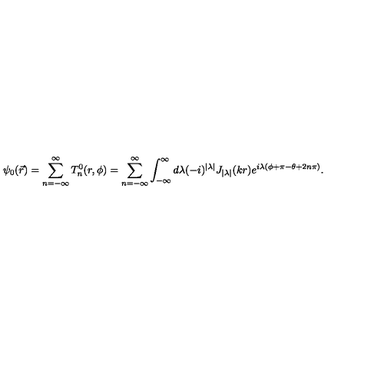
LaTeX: \psi _ { 0 } ( \vec { r } ) = \sum _ { n = - \infty } ^ { \infty } T _ { n } ^ { 0 } ( r , \phi ) = \sum _ { n = - \infty } ^ { \infty } \int _ { - \infty } ^ { \infty } d \lambda ( - i ) ^ { | \lambda | } J _ { | \lambda | } ( k r ) e ^ { i \lambda ( \phi + \pi - \theta + 2 n \pi ) } .